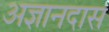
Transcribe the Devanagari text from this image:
अज्ञानदास